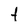
Character: t